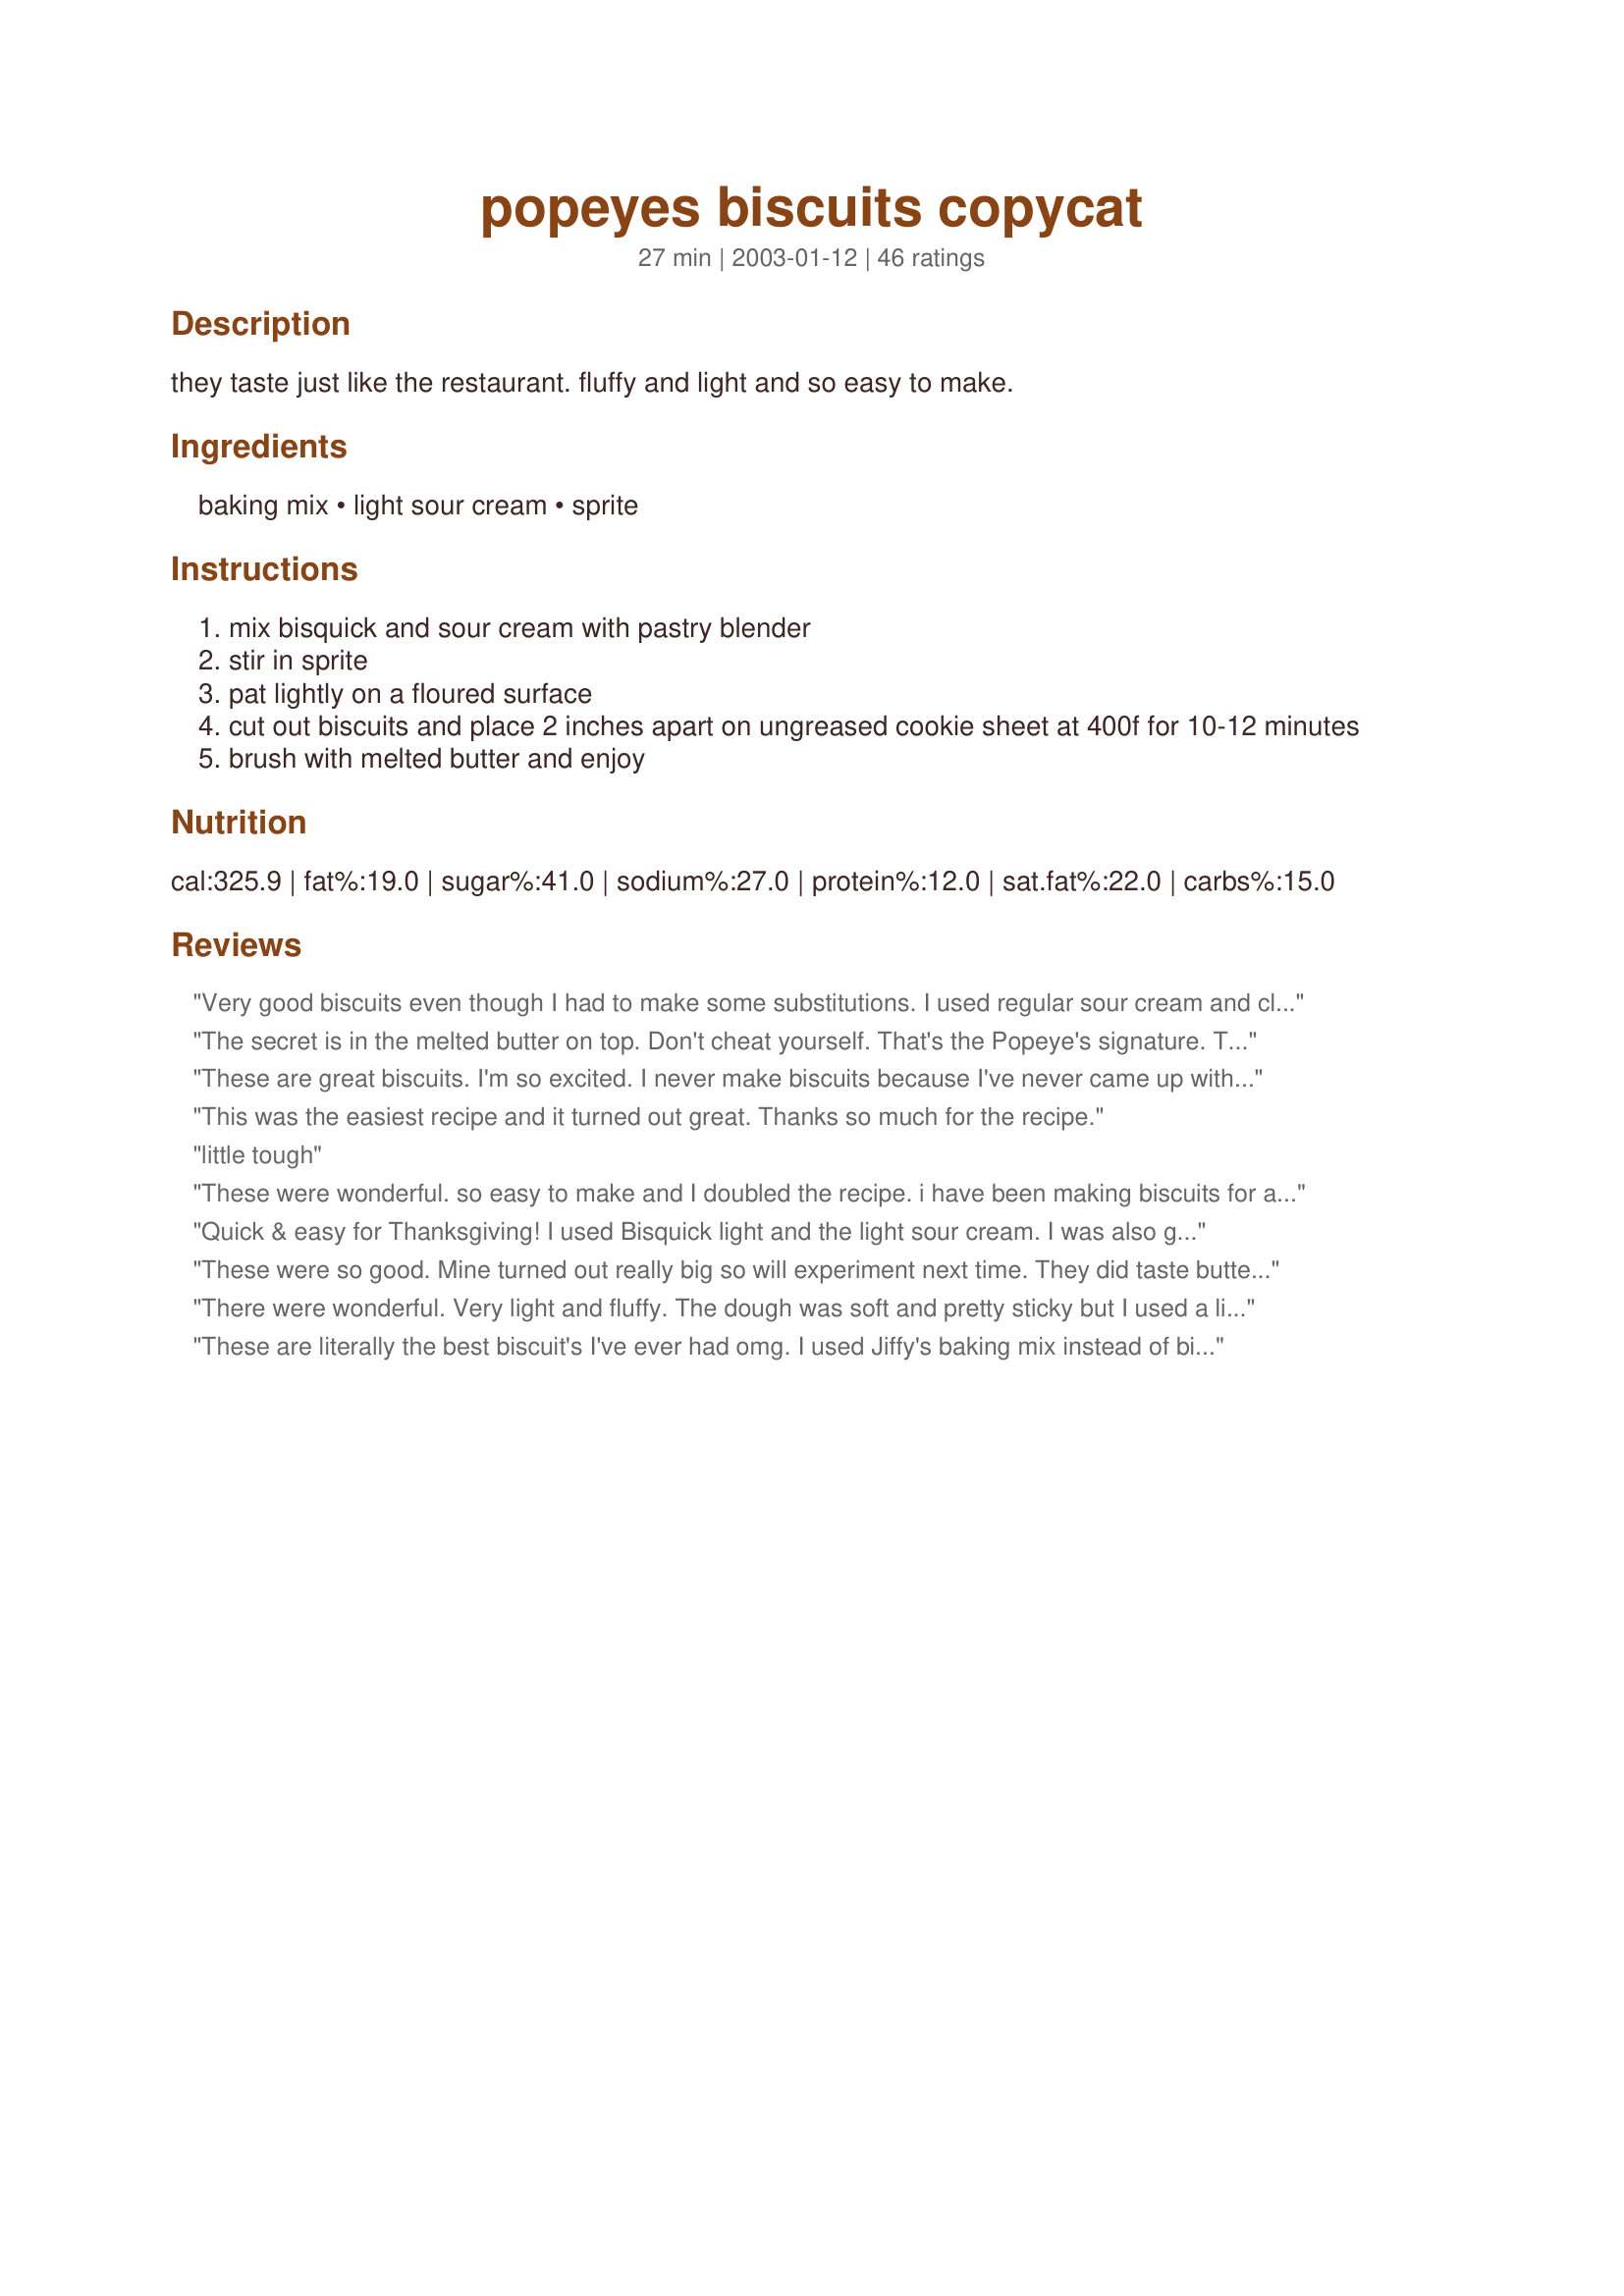
popeyes biscuits copycat
Preparation time: 27 minutes

they taste just like the restaurant. fluffy and light and so easy to make.

Ingredients:
baking mix, light sour cream, sprite

Steps:
mix bisquick and sour cream with pastry blender
stir in sprite
pat lightly on a floured surface
cut out biscuits and place 2 inches apart on ungreased cookie sheet at 400f for 10-12 minutes
brush with melted butter and enjoy

Reviews:
Very good biscuits even though I had to make some substitutions. I used regular sour cream and club soda instead of sprite. Very good, and similiar to Popeye's. Very wet dough, be sure to thoroughly flour your work surface, hands and rolling pin. Made a double batch, felt it doubled well. Will try and freeze a batch and see how they come out. Thanks for the recipe.
The secret is in the melted butter on top. Don't cheat yourself. That's the Popeye's signature. These were good, but only the top reminded me of Popeye's. Well worth making for dinner, though.
These are great biscuits. I'm so excited. I never make biscuits because I've never came up with the right taste/texture. This is it! I didn't roll them out I patted them out from the bowl. Yummy. Thanks renee!
This was the easiest recipe and it turned out great. Thanks so much for the recipe.
little tough
These were wonderful. so easy to make and I doubled the recipe. i have been making biscuits for a two years now and these are by far the best, for a male cook.
Quick & easy for Thanksgiving! I used Bisquick light and the light sour cream. I was also going to use diet Sprite, but thought that this recipe might need *some* sugar in it! I just dropped them onto my cooking stone in blobs of about 2-3T in size, and then sprayed a bit of butter on the top to cook. They looked FINE & were nice and soft. Not quite like Popeye's...but probably b/c I used less butter than they did! YUMMM!!
These were so good. Mine turned out really big so will experiment next time. They did taste buttery and light like popeye's :) Thank you for a great recipe that will be used again.
There were wonderful. Very light and fluffy. The dough was soft and pretty sticky but I used a little extra flour when shaping them and they turned out great. I used a 'clone' Bisquick recipe and diet Sprite. I have never heard of Popeye Biscuits, so I don't know how true these are to the originals, but we thought they were great. And so easy to prepare.They will be a regular at our house.
These are literally the best biscuit's I've ever had omg. I used Jiffy's baking mix instead of bisquick. Tip - baste your biscuits with a mix of melted butter, paprika, and Lawry's seasoned salt for them to taste almost exactly like popeyes biscuits, if not better. (:
Great recipe!! I think Popeyes might add honey to the top of their biscuits.If your dough came out too moist,you probably did not compact the bisquick in your measuring cup!DUAH!!!
Thank you. I made these biscuits this evening and they turned out fabulous. I appreciate your sharing the recipe here. :)
I tried this recipe using an off brand baking mix and using milk in place of the sprite 'cuz I had no sprite. I didnt pat and cut instead I put about a tablespoon of baking mix in my hands and pulled enough to form a rough biscuit shape( each time flipping to coat in pan with oil. I had to bake them a little longer than stated because I made the biscuits pretty big.( I doubled the recipe). They looked wonderful and fluffy and moist. I asked hubby for a review and he says A-1!
Tastes best using Pioneer Buttermilk Baking Mix instead of Bisquik!
These were the easiest and fastest biscuits to make. They turned out light, fluffy and moist. I like mine a little crispier and crumbly... like a breakfast biscuit from McDonalds. But, these were great with lentil stew and are definately to us more like a 'dinner' biscuit than a breakfast one. Also, I don't know how they could've been patted out and cut because mine dough was too runny and I would've had to add anywhere from 1/4 to 1/3 cup of flour. So, rather than go to all that trouble and get a messy counter to boot, I just dropped them by the big spoonful (small serving spoon) onto the greased jelly roll pan. They worked just fine. I think next time, I will use a smaller spoon and a cast iron skillet in the oven to see if that lends a more crispy outer texture. The bigger spoonful was just too big..these are so filling that everyone ended up not even finishing one, including my husband who loves biscuits. Anyway, this is definately a keeper..and it would work great for last minute company!
These were great and I never have been able to make biscuits. My boyfriend loved them. This recipe is a keeper...Thanks!
I needed a fast biscuit recipe for Easter dinner and since I didn't do my usual in-depth planning, I was looking for simple and uncomplicated. This is it! I don't know about copycat and didn't choose the recipe for that, but the total of only 3 ingredients and directions that looked effortless was why I picked this one. I used 'homemade bisquick', but I stuck to the ingredient list and my guests loved these. I would like to experiment next time and use yoghurt instead of lite sour cream, since sour cream isn't an ingredient I typically have around, and I'd like to try it as a dumpling on chicken stew, since it's so soft. The dough was VERY soft, almost a thick batter, I added more flour and wound up just doing drop biscuits as it looked like making cut biscuits with such a soft dough was going to take more effort than I had available to give. I've passed the recipe along to two other people since making it, a great last minute idea.
I have made these many times since trying the recipe. They are very easy to make and taste fabulous right out of the oven! They also come out perfect every time. I will never have to buy bicuits again!
I received this recipe a few years back from a good friend of my mother's. I use Pioneer Mix and I don't roll them out. Simply put a bit of flour on my hands and pat to the size I want. Then bake in black iron skillets. With my family I triple the recipe.
I made a vegan version of this recipe and it was delicious. I used soy sour cream and made a bisquick mix, from the recipe on this site. My husband, who used to work at Popeyes, said that it came very close.
Made the recipe exactly as stated. I made them different diameters and thicknesses to see which configuration I liked best. It tasted like a scratch biscuit you made at hime, but nothing like Popeye&#039;s.
these biscuits were pretty dang good! I served them with chicken stew, my kids and I ate them all up. Thanks for the super simple and tasty recipe Ive already filed it in as a household regular.
I love homemade biscuits! These were soo easy. Me and my husband ate every single one! Thanks
Unbelievably easy and wonderful recipe! I used Sprite Zero and they turned out light and tender. I think these biscuits are better than Popeye's. Thanks for the wonderful recipe, Renee.
These are soooo good!!!! I forgot to butter them while baking, but it still turned out moist and delicious! Thanks for posting!
Very very good biscuit, however not quite Popeyes. I was suprised at the light texture. I will make these a lot! Thanks!
I served them to my family without saying anything about what they were supposed to taste like and the first thing my husband said was "these taste like Popeyes biscuits." I pretended like it was purely accidental lol.
These biscuits taste dee-lish--no qualms there; however, they're not very cooperative with the "patting out" part. Had to keep adding more biscuit mix just to get the dough thick enough to get out of the bowl! These are much better suited to spoon-dropping than rolling out. Sure are yummy with butter 'n honey though! ;-)
I had to knead it with a little extra flour and TLC, but they turned out just like popeyes or better. I am hosting a country chicken night for single airmen in the dorms next Sunday, and this is the winning biscuit recipe. Thank you and God bless you.
I used the ingredients and amounts to the letter and the biscuits came out terrific! I made them oversized so I managed to get 8 large biscuits. I agree, they were amazing, and almost identical to Popeye's biscuits but you do need to brush the tops with butter either before or after baking.
These are the Best biscuits I have ever tasted!! ~And, I made them MYSELF! :) I am going to knock some people's socks off with this recipe! I got 5 nice sized biscuits and served with sausage gravy and scrambled eggs. I snuck one before dinner and it didn't even need butter, great all on it's own. Thanks for posting.
I don't know where I went wrong, but mine didn't rise at all! I'm thinking that the sour cream was too warm or something, because I had 2 phone calls when making them. Texture and taste were good though! I'll try them again and rate this recipe then.
These were EASY to make. So light and fluffy. They were a bog hit with company. I plan to make these as my main biscuits all the time now. I dont have anything to cut out the biscuits with so I just dropped them on the cookie sheet as is. I would have taken a picture but they ate ALL the biscuits!
I did not rate this because it did not come out right at all and it could have been something I did. The dough was very thin no way I could have cut anything out. I just dumped a couple of spoonfuls on the cookie sheet and they did come out looking like biscuits. Not anything I would make again but then maybe I screwed it up somehow.
This recipe is EXCELLENT! I have tried homemade biscuits before and they are always hard, flat and weaponlike. These were incredible. I used regular sour cream because I did not have light on hand and I mixed mine with a fork because I do not have a pastry blender. I think I rolled mine out a little thin because I got 7 biscuits, but they were still incredible. Thanks so much for this recipe! It felt so great to make biscuits that could not double as weapons in case of an attack :).
Help! I must have done something wrong. These turned out more like hockey pucks than biscuits!
All the skeptics in my house who looked at me like I had grown another head when they saw the Sprite loved it! I've had popeye's biscuits and they tasted the same as I remember. I thought I had made too much but I didn't make enough!
These biscuits are the bomb!!I have made many a bicuit and these are by far the best!!I didn't quite put a half cup of sourcream or sprite, and the dough was perfect! I rolled them with my hands(the old fashioned way) after I dusted my hands with a little flour. The next time the only thing I will do different is make them a little smaller, because I got six biscuits and they rose so much they took up the whole pan. I could have easily gotton 8 or 9 . Thanks very much!! Terri
I was very pleased with this recipe, normally i don't care for home made biscuits people make because of the baking powder, or soda taste. This was a perfect recipe for me for taste, and it was very simple, thanks for sharing.
I used the same ingredients and amounts, but used a muffin pan to bake them in. It made about 10 biscuits, filling each cup half full because they do puff up quite a bit. I increased baking time to 16 minutes so that the top would brown. They were amazing, and almost identical to Popeye's biscuits, though to truly achieve that New Orleans flair, you need to brush melted butter on the top before baking. Thank you for sharing this one!
These were ok flavor - not like Popeyes - I had trouble with the consistancy - too wet. So I added more baking mix. I made them twice before I reviewed just to make sure it wasn't something I did. It was very easy, but I have better biscuit recipes. Thanks though for sharing.
Very good, old-fashioned, southern style biscuits, but minus two stars for the fact that they taste NOTHING like Popeye's biscuits.
We thought these were exellent. We topped with honey butter after then were finished. We also dropped by spoonsfuls instead of cutting the biscuits out. Thanks!
I have made these several times now and they are wonderful! I am the worlds worst at rolling out bisuits and this was a wet dough so i just drop them by spoonfuls and they are YUMMY!! My cousin said they were better than her mommy's!! (SShhh dont tell her it might hurt her feelings) :0)
Super recipe! These turned out soft and fluffy with a great flavour.Didn't have any trouble pressing the dough out and cutting--just used a little extra flour and it worked perfectly--Thanks for a great recipe!!
They're pretty good and very easy to make, but these are absolutely NOT Popeye's biscuits- not even close.
